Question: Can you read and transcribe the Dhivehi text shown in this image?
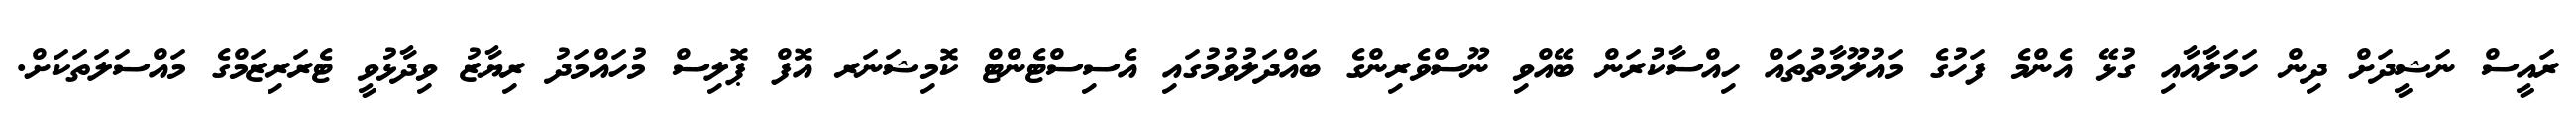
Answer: ރައީސް ނަޝީދަށް ދިން ހަމަލާއާއި ގުޅޭ އެންމެ ފަހުގެ މައުލޫމާތުތައް ހިއްސާކުރަން ބޭއްވި ނޫސްވެރިންގެ ބައްދަލުވުމުގައި އެސިސްޓެންޓް ކޮމިޝަނަރ އޮފް ޕޮލިސް މުހައްމަދު ރިޔާޒު ވިދާޅުވީ ޓެރަރިޒަމްގެ މައްސަލަތަކަށް.